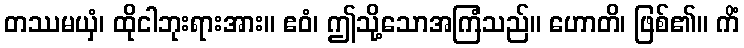
တဿမယှံ၊ ထိုငါဘုးရားအား။ ဧဝံ၊ ဤသို့သောအကြံသည်။ ဟောတိ၊ ဖြစ်၏။ ကိံ